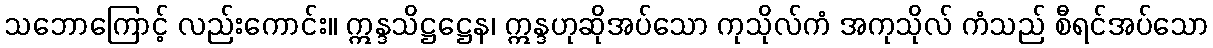
သဘောကြောင့် လည်းကောင်း။ ဣန္ဒသိဋ္ဌဋ္ဌေန၊ ဣန္ဒဟုဆိုအပ်သော ကုသိုလ်ကံ အကုသိုလ် ကံသည် စီရင်အပ်သော